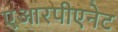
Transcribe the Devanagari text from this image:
एआरपीएनेट